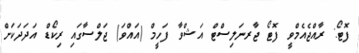
ފޮޓޯ: ރާއްޖެއެމްވީ ފޮޓޯ ޖާރނަލިސްޓް އަޝްވާ ފަހީމް (އައްވަ) ޖަލްސާގައި ރިކޯޑް އަދަދަކަށް